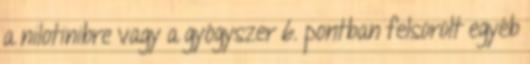
a nilotinibre vagy a gyógyszer 6. pontban felsorolt egyéb